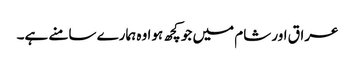
عراق اور شام میں جو کچھ ہوا وہ ہمارے سامنے ہے۔